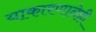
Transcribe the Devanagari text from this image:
याकारणानेही